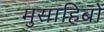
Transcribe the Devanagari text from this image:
मुसाहिबों